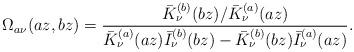
LaTeX: \begin{align*}\Omega _{a\nu }(az,bz)=\frac{\bar{K}_{\nu }^{(b)}(bz)/\bar{K}_{\nu}^{(a)}(az)}{\bar{K}_{\nu }^{(a)}(az)\bar{I}_{\nu }^{(b)}(bz)-\bar{K}_{\nu}^{(b)}(bz)\bar{I}_{\nu }^{(a)}(az)}. \end{align*}